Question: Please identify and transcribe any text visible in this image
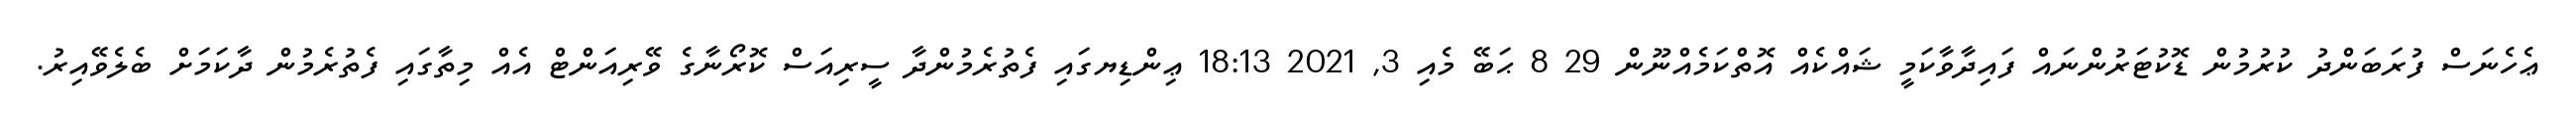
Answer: ޢެހެނަސް ފުރަބަންދު ކުރުމުން ޑޮކުޓަރުންނައް ފައިދާވާކަމީ ޝައްކެއް އޮތްކަމެއްނޫން 29 8 ޙަބޭ މެއި 3, 2021 18:13 ޢިންޑިޔގައި ފެތުރެމުންދާ ސީރިއަސް ކޮރޯނާގެ ވޭރިއަންޓް އެއް މިތާގައި ފެތުރެމުން ދާކަމަށް ބެލެވޭއިރު.